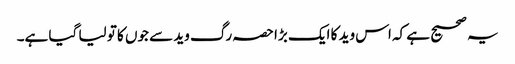
یہ صحیح ہے کہ اس وید کا ایک بڑا حصہ رگ وید سے جوں کا تو لیا گیا ہے۔